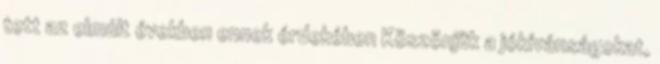
tett az elmúlt években ennek érdekében Köszönjük a jókívánságokat,